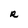
Character: R